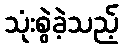
သုံးစွဲခဲ့သည့်